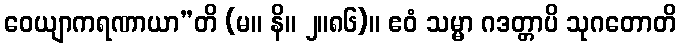
ဝေယျာကရဏာယာ”တိ (မ။ နိ။ ၂။၈၆)။ ဧဝံ သမ္မာ ဂဒတ္တာပိ သုဂတောတိ